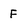
Character: F